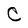
Character: C